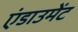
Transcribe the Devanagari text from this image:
एंडाउमेंट